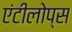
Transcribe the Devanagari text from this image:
एंटीलोप्स